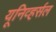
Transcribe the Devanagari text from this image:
यूनिव्हर्सल